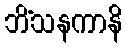
ဘိံသနကာနိ